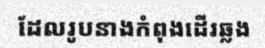
ដែលរូបនាងកំពុងដើរឆ្លង